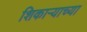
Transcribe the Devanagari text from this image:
शिकाऱ्याच्या